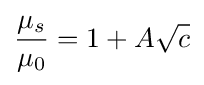
{\frac {\mu _{s}}{\mu _{0}}}=1+A{\sqrt {c}}